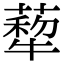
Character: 𦺙